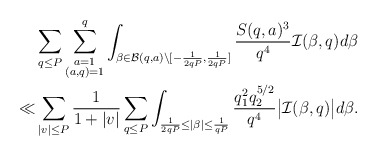
\begin{align*}&\sum_{q\le P}\sum_{\substack{a=1\\ (a,q)=1}}^q\int_{\beta\in\mathcal{B}(q,a)\setminus[-\frac{1}{2qP},\frac{1}{2qP}]}\frac{S(q,a)^3}{q^4}\mathcal{I}(\beta,q)d\beta\\ \ll & \sum_{|v|\le P}\frac{1}{1+|v|}\sum_{q\le P}\int_{\frac{1}{2qP}\le |\beta|\le\frac{1}{qP}}\frac{q_1^2q_2^{5/2}}{q^4}\big|\mathcal{I}(\beta,q)\big|d\beta.\end{align*}